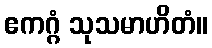
ဧကဂ္ဂံ သုသမာဟိတံ။